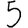
Digit: 5